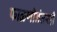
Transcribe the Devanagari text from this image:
फाळणीनंतरही